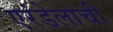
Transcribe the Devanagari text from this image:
एरंडेलाची